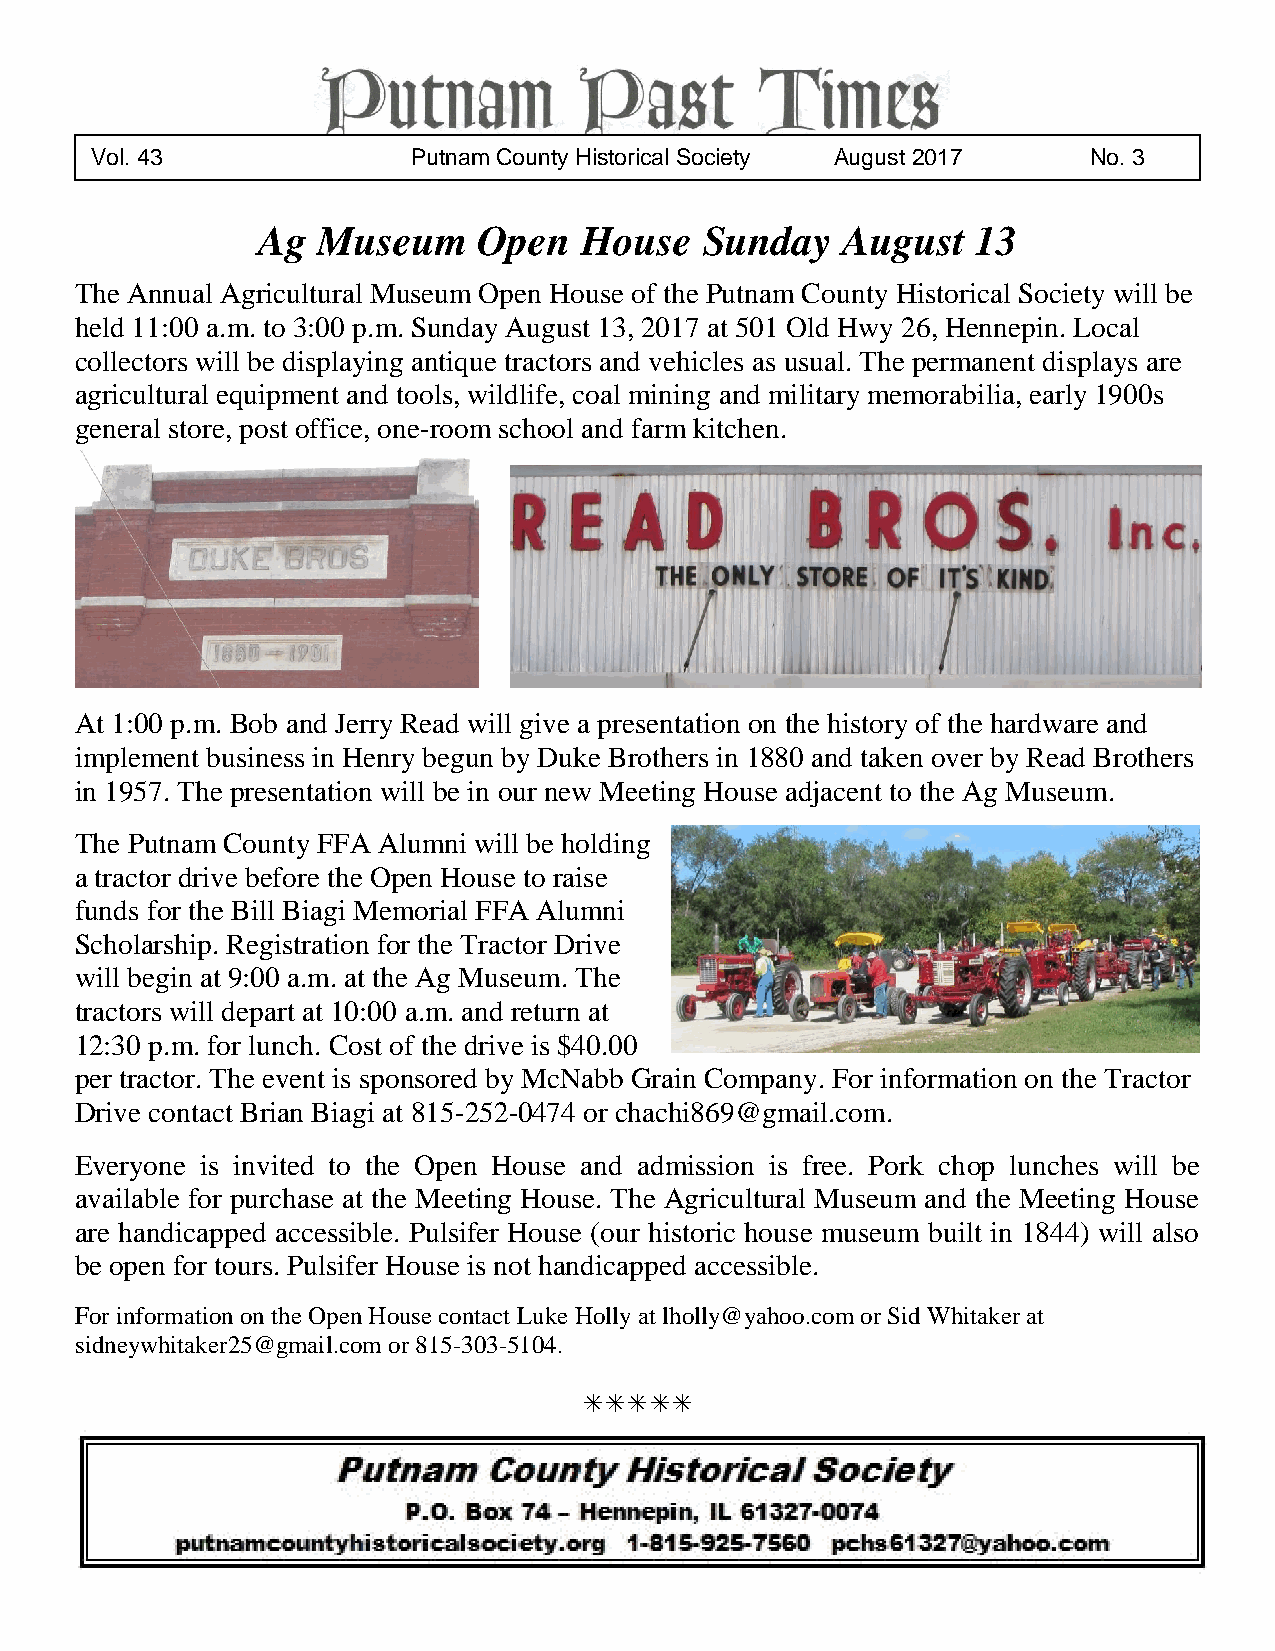
VVolo. l.X 4X3X V I I I P Puutntnaamm C Coouunntyty H Hisistotorriiccaall SSooccieiettyy August 2017 No. 3
 Ag  Museum     Open  House    Sunday   August   13
 The Annual Agricultural Museum Open House of the Putnam County Historical Society will be
 held 11:00 a.m. to 3:00 p.m. Sunday August 13, 2017 at 501 Old Hwy 26, Hennepin. Local
 collectors will be displaying antique tractors and vehicles as usual. The permanent displays are
 agricultural equipment and tools, wildlife, coal mining and military memorabilia, early 1900s
 general store, post office, one-room school and farm kitchen.
 At 1:00 p.m. Bob and Jerry Read will give a presentation on the history of the hardware and
 implement business in Henry begun by Duke Brothers in 1880 and taken over by Read Brothers
 in 1957. The presentation will be in our new Meeting House adjacent to the Ag Museum.
 The Putnam County FFA Alumni will be holding
 a tractor drive before the Open House to raise
 funds for the Bill Biagi Memorial FFA Alumni
 Scholarship. Registration for the Tractor Drive
 will begin at 9:00 a.m. at the Ag Museum. The
 tractors will depart at 10:00 a.m. and return at
 12:30 p.m. for lunch. Cost of the drive is $40.00
 per tractor. The event is sponsored by McNabb Grain Company. For information on the Tractor
 Drive contact Brian Biagi at 815-252-0474 or chachi869@gmail.com.
 Everyone is invited to the Open House and admission is free. Pork chop lunches will be
 available for purchase at the Meeting House. The Agricultural Museum and the Meeting House
 are handicapped accessible. Pulsifer House (our historic house museum built in 1844) will also
 be open for tours. Pulsifer House is not handicapped accessible.
 For information on the Open House contact Luke Holly at lholly@yahoo.com or Sid Whitaker at
 sidneywhitaker25@gmail.com or 815-303-5104.
 